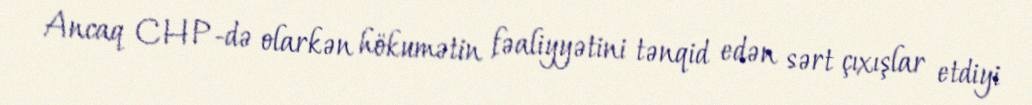
Ancaq CHP-də olarkən hökumətin fəaliyyətini tənqid edən sərt çıxışlar etdiyi